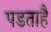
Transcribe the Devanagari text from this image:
पडताहै